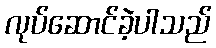
လုပ်ဆောင်ခဲ့ပါသည်